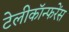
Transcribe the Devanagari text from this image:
टेलीकॉन्फरेंस